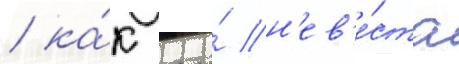
/ ка́к его́ н'ев'е́ста